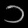
Digit: ၁